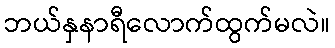
ဘယ်နှနာရီလောက်ထွက်မလဲ။